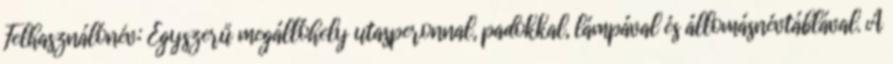
Felhasználónév: Egyszerű megállóhely utasperonnal, padokkal, lámpával és állomásnévtáblával. A